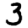
Digit: 3